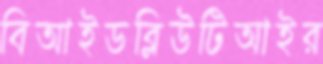
বিআইডব্লিউটিআইর